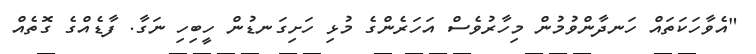
"އެވާހަކަތައް ހަނދާންވުމުން މިހާރުވެސް އަހަރެންގެ މުޅި ހަށިގަނޑުން ހީބިހި ނަގާ. ފާޑެއްގެ ގޮތެއް